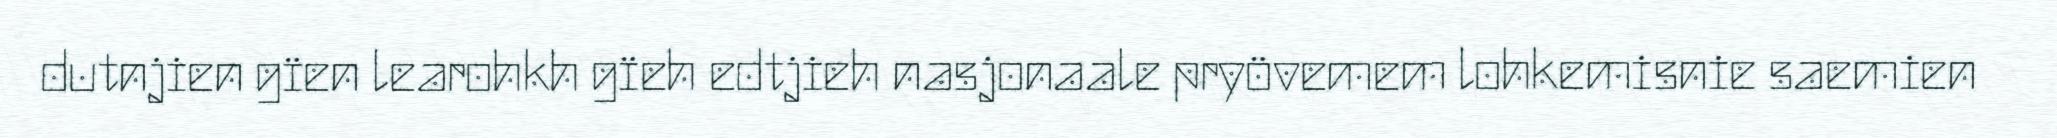
dutnjien gïen learohkh gïeh edtjieh nasjonaale pryövemem lohkemisnie saemien